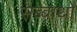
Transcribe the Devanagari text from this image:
सब्बाथों